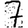
Digit: 7